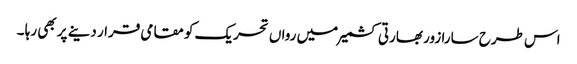
اس طرح سارا زور بھارتی کشمیر میں رواں تحریک کو مقامی قرار دینے پر بھی رہا ۔